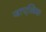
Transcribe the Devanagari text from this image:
जाएत्विक